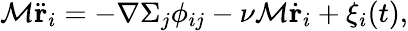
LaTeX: \mathcal{M}\ddot{{\mathbf{{r}}}}_{i}=-\nabla\Sigma_{j}\phi_{ij}-\nu\mathcal{M}\dot{{\mathbf{{r}}}}_{i}+\xi_{i}(t),